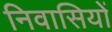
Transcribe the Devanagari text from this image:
निवासियों